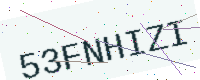
Text: 53FNHIZI